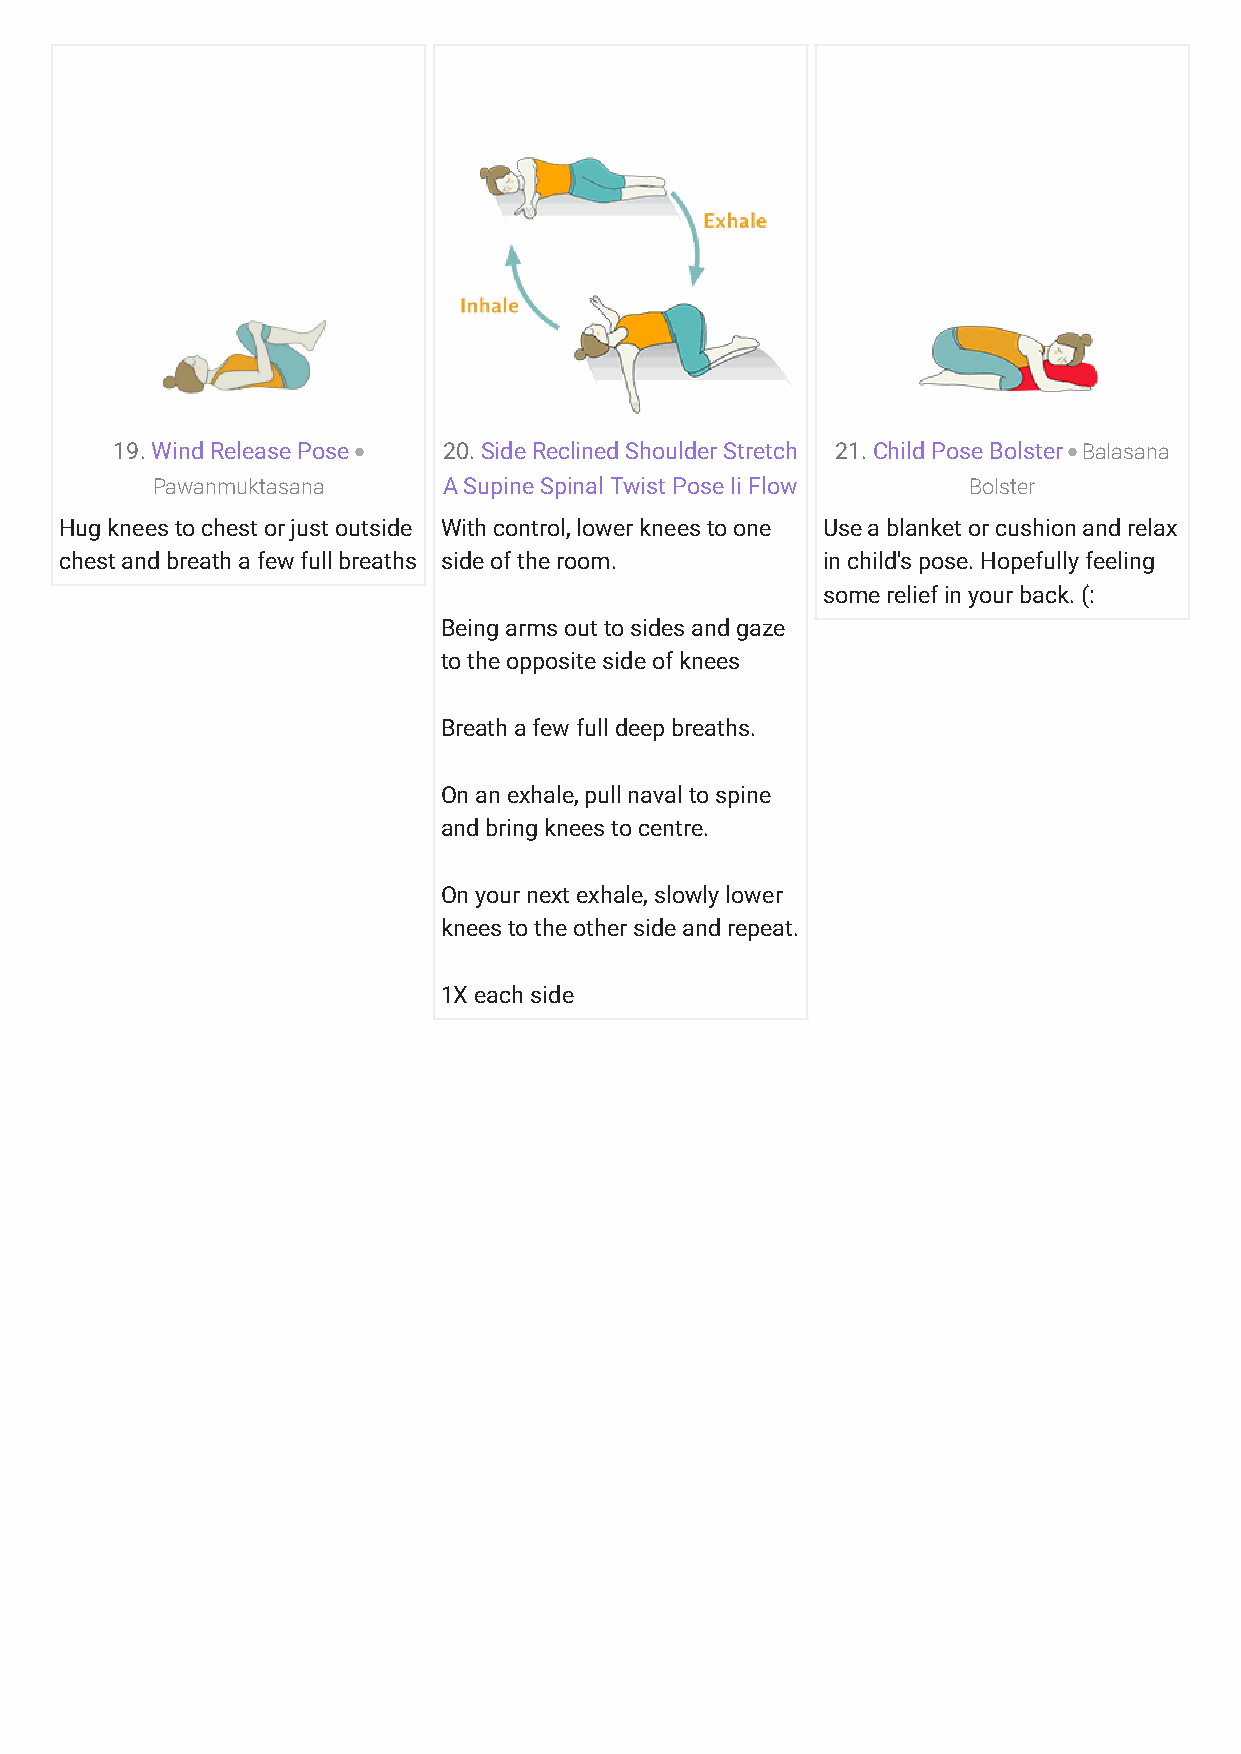
19. Wind Release Pose 20. Side Reclined Shoulder Stretch 21. Child Pose Bolster Balasana
 Pawanmuktasana     A Supine Spinal Twist Pose Ii Flow Bolster
 Hug knees to chest or just outside With control, lower knees to one Use a blanket or cushion and relax
 chest and breath a few full breaths side of the room. in child's pose. Hopefully feeling
 some relief in your back. (:
 Being arms out to sides and gaze
 to the opposite side of knees
 Breath a few full deep breaths.
 On an exhale, pull naval to spine
 and bring knees to centre.
 On your next exhale, slowly lower
 knees to the other side and repeat.
 1X each side